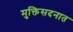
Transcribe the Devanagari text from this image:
मुक्तिसदनात